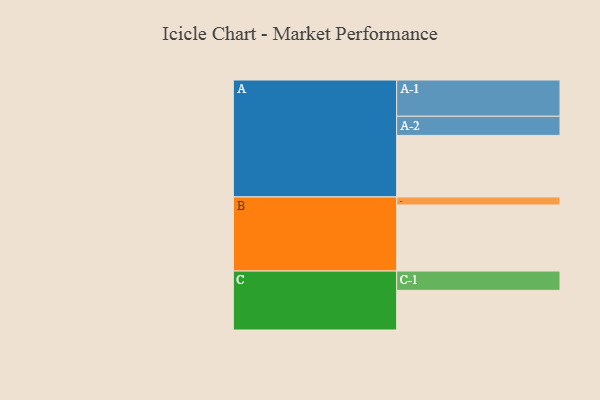
{"axis": {"x": "Segment", "y": "Value"}, "legend": ["", "A", "B", "C"], "data": [{"x": "A", "y": 504, "type": ""}, {"x": "B", "y": 541, "type": ""}, {"x": "C", "y": 325, "type": ""}, {"x": "A-1", "y": 297, "type": "A"}, {"x": "A-2", "y": 157, "type": "A"}, {"x": "B-1", "y": 66, "type": "B"}, {"x": "C-1", "y": 158, "type": "C"}]}